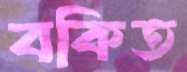
বকিত